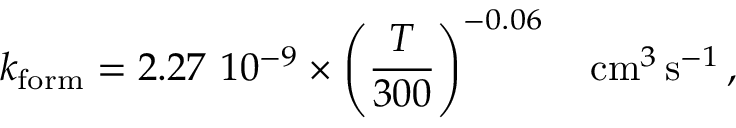
k _ { \mathrm { f o r m } } = 2 . 2 7 \, \, 1 0 ^ { - 9 } \times \left( \frac { T } { 3 0 0 } \right) ^ { - 0 . 0 6 } \quad \mathrm { c m } ^ { 3 } \, \mathrm { s } ^ { - 1 } \, ,